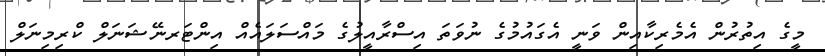
މީގެ އިތުރުން އެމެރިކާއިން ވަނީ އެގައުމުގެ ނުވަތަ އިސްރާއީލުގެ މައްސަލައެއް އިންޓަރނޭޝަނަލް ކްރިމިނަލް